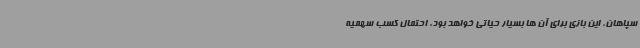
سپاهان، این بازی برای آن ها بسیار حیاتی خواهد بود. احتمال کسب سهمیه